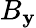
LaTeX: B_{\mathbf{y}}